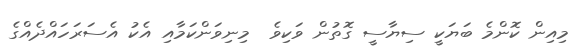
މިއިން ކޮންމެ ބަޔަކީ ސިޔާސީ ގޮތުން ވަކިވެ  މިނިވަންކަމާއި އެކު އެސަރަހައްދެއްގެ